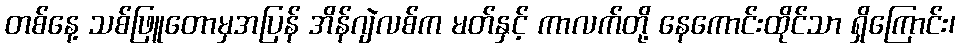
တစ်နေ့ သစ်ဖြူတောမှအပြန် အိန်ဂျဲလစ်က မတ်နှင့် ကာလက်တို့ နေကောင်းထိုင်သာ ရှိကြောင်း၊